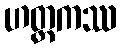
ဟတ္ထကဿ